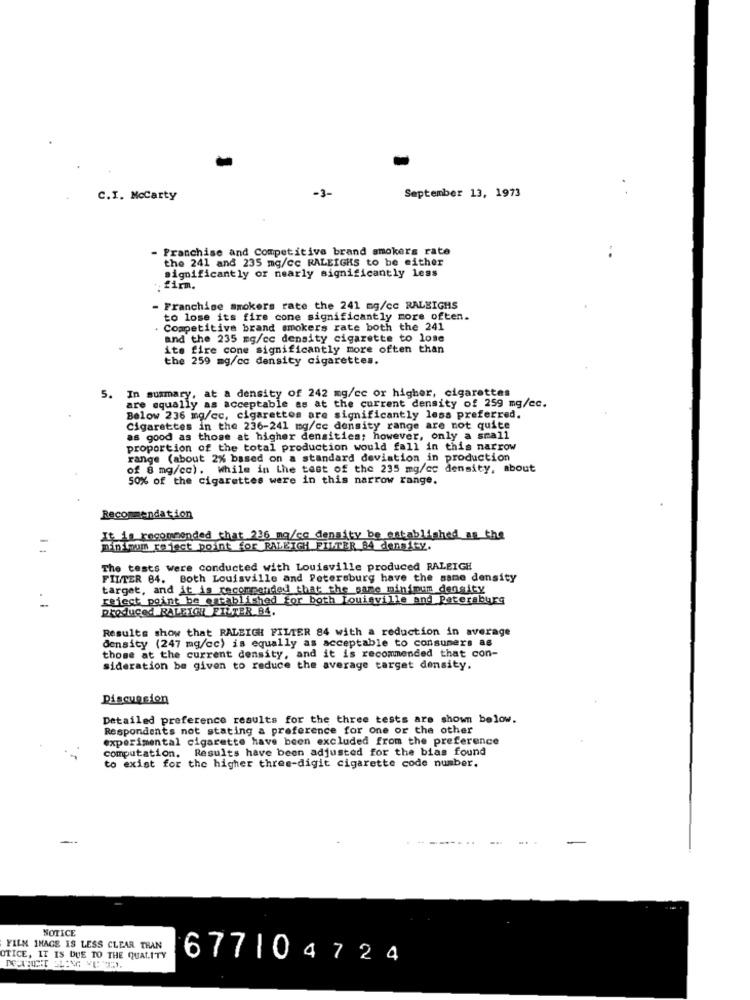
-3-
C.I. Mccarty
September 13, 1973
- Franchise and Competitive brand smokers rate
the 241 and 235 mg/cc RALEIGHS to be either
..
significantly or nearly significantly less
. firm.
- Franchise smokers rate the 241 mg/cc RALEIGHS
to lose its fire cone significantly more often.
. Competitive brand smokers rate both the 241
and the 235 mg/cc density cigarette to lose
ite fire cone significantly more often than
the 259 mg/cc density cigarettes.
5. In summary, at a density of 242 mg/cc or higher, cigarettes
are equally as acceptable as at the current density of 259 mg/cc.
Below 236 mg/cc, cigarettes are significantly less preferred.
Cigarettes in the 236-241 mg/ce density range are not quite
as good as those at higher densities; however, only a small
proportion of the total production would fall in this narrow
range (about 2% based on a standard deviation in production
of 8 mg/cc). While in the test of the 235 mg/cc density, about
50% of the cigarettes were in this narrow range.
Recommendation
It is recommended that 236 mq/co density be established as the
minimum reject point for RALEIGH FILTER BA density.
The tests were conducted with Louisville produced RALEIGH
FILTER 64. Both Louisville and Petersburg have the same density
target, and it is recommended that the same minimum density
reject point be established for both Louisville and Petersburg
produced RALEIGH FILTER B4.
Results show that RALEIGH FILTER 84 with a reduction in average
density (247 mg/cc) is equally as acceptable to consumers as
those at the current density, and it is recommended that con-
sideration be given to reduce the average target density.
Discussion
Detailed preference results for the three tests are shown below.
Respondents not stating a preference for one or the other
experimental cigarette have been excluded from the preference
computation. Results have been adjusted for the bias found
to exist for the higher three-digit cigarette code number.
NOTICE
FILM IMAGE IS LESS CLEAR THAN
OTICE, IT IS DUE TO THE QUALITY
677104724